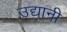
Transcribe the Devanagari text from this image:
उद्यानी